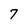
Character: 7